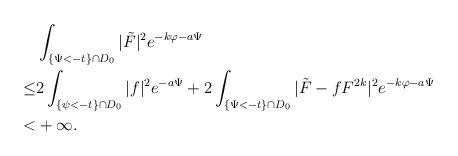
LaTeX: \begin{align*}&\int_{\{\Psi<-t\}\cap D_0}|\tilde F|^2e^{-k\varphi-a\Psi}\\\le&2\int_{\{\psi<-t\}\cap D_0}|f|^2e^{-a\Psi}+2\int_{\{\Psi<-t\}\cap D_0}|\tilde F-fF^{2k}|^2e^{-k\varphi-a\Psi}\\<&+\infty.\end{align*}